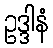
ဥဒ္ဒါနံ